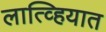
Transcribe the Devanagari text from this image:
लात्व्हियात